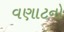
વણાટનો